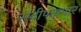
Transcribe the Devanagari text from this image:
संदीपकुमार